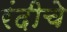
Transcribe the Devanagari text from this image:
रंदीचे